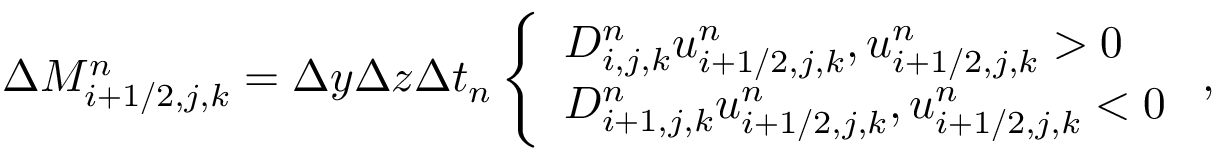
\begin{array} { r } { \Delta M _ { i + 1 / 2 , j , k } ^ { n } = \Delta y \Delta z \Delta t _ { n } \left\{ \begin{array} { l l } { D _ { i , j , k } ^ { n } u _ { i + 1 / 2 , j , k } ^ { n } , u _ { i + 1 / 2 , j , k } ^ { n } > 0 } \\ { D _ { i + 1 , j , k } ^ { n } u _ { i + 1 / 2 , j , k } ^ { n } , u _ { i + 1 / 2 , j , k } ^ { n } < 0 } \end{array} \right. , } \end{array}